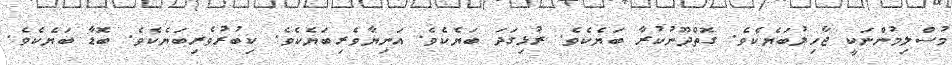
މުސްލިމުންނަކީ ޖާހިލުބަޔެކެވެ. ގޮތްދޫނުކުރާ ބަޔެކެވެ. ރުޅިގަދަ ބަޔެކެވެ. އަނިޔާވެރިބަޔެކެވެ. ކިބުރުވެރިބަޔެކެވެ. ބޮޑާ ބަޔެކެވެ.